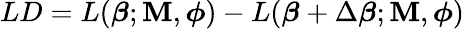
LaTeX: LD=L(\boldsymbol{\beta};\mathbf{M},\boldsymbol{\phi})-L(\boldsymbol{\beta}+\Delta\boldsymbol{\beta};\mathbf{M},\boldsymbol{\phi})